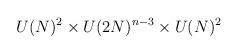
LaTeX: \begin{align*}U(N)^{2}\times U(2N)^{n-3}\times U(N)^{2}\end{align*}